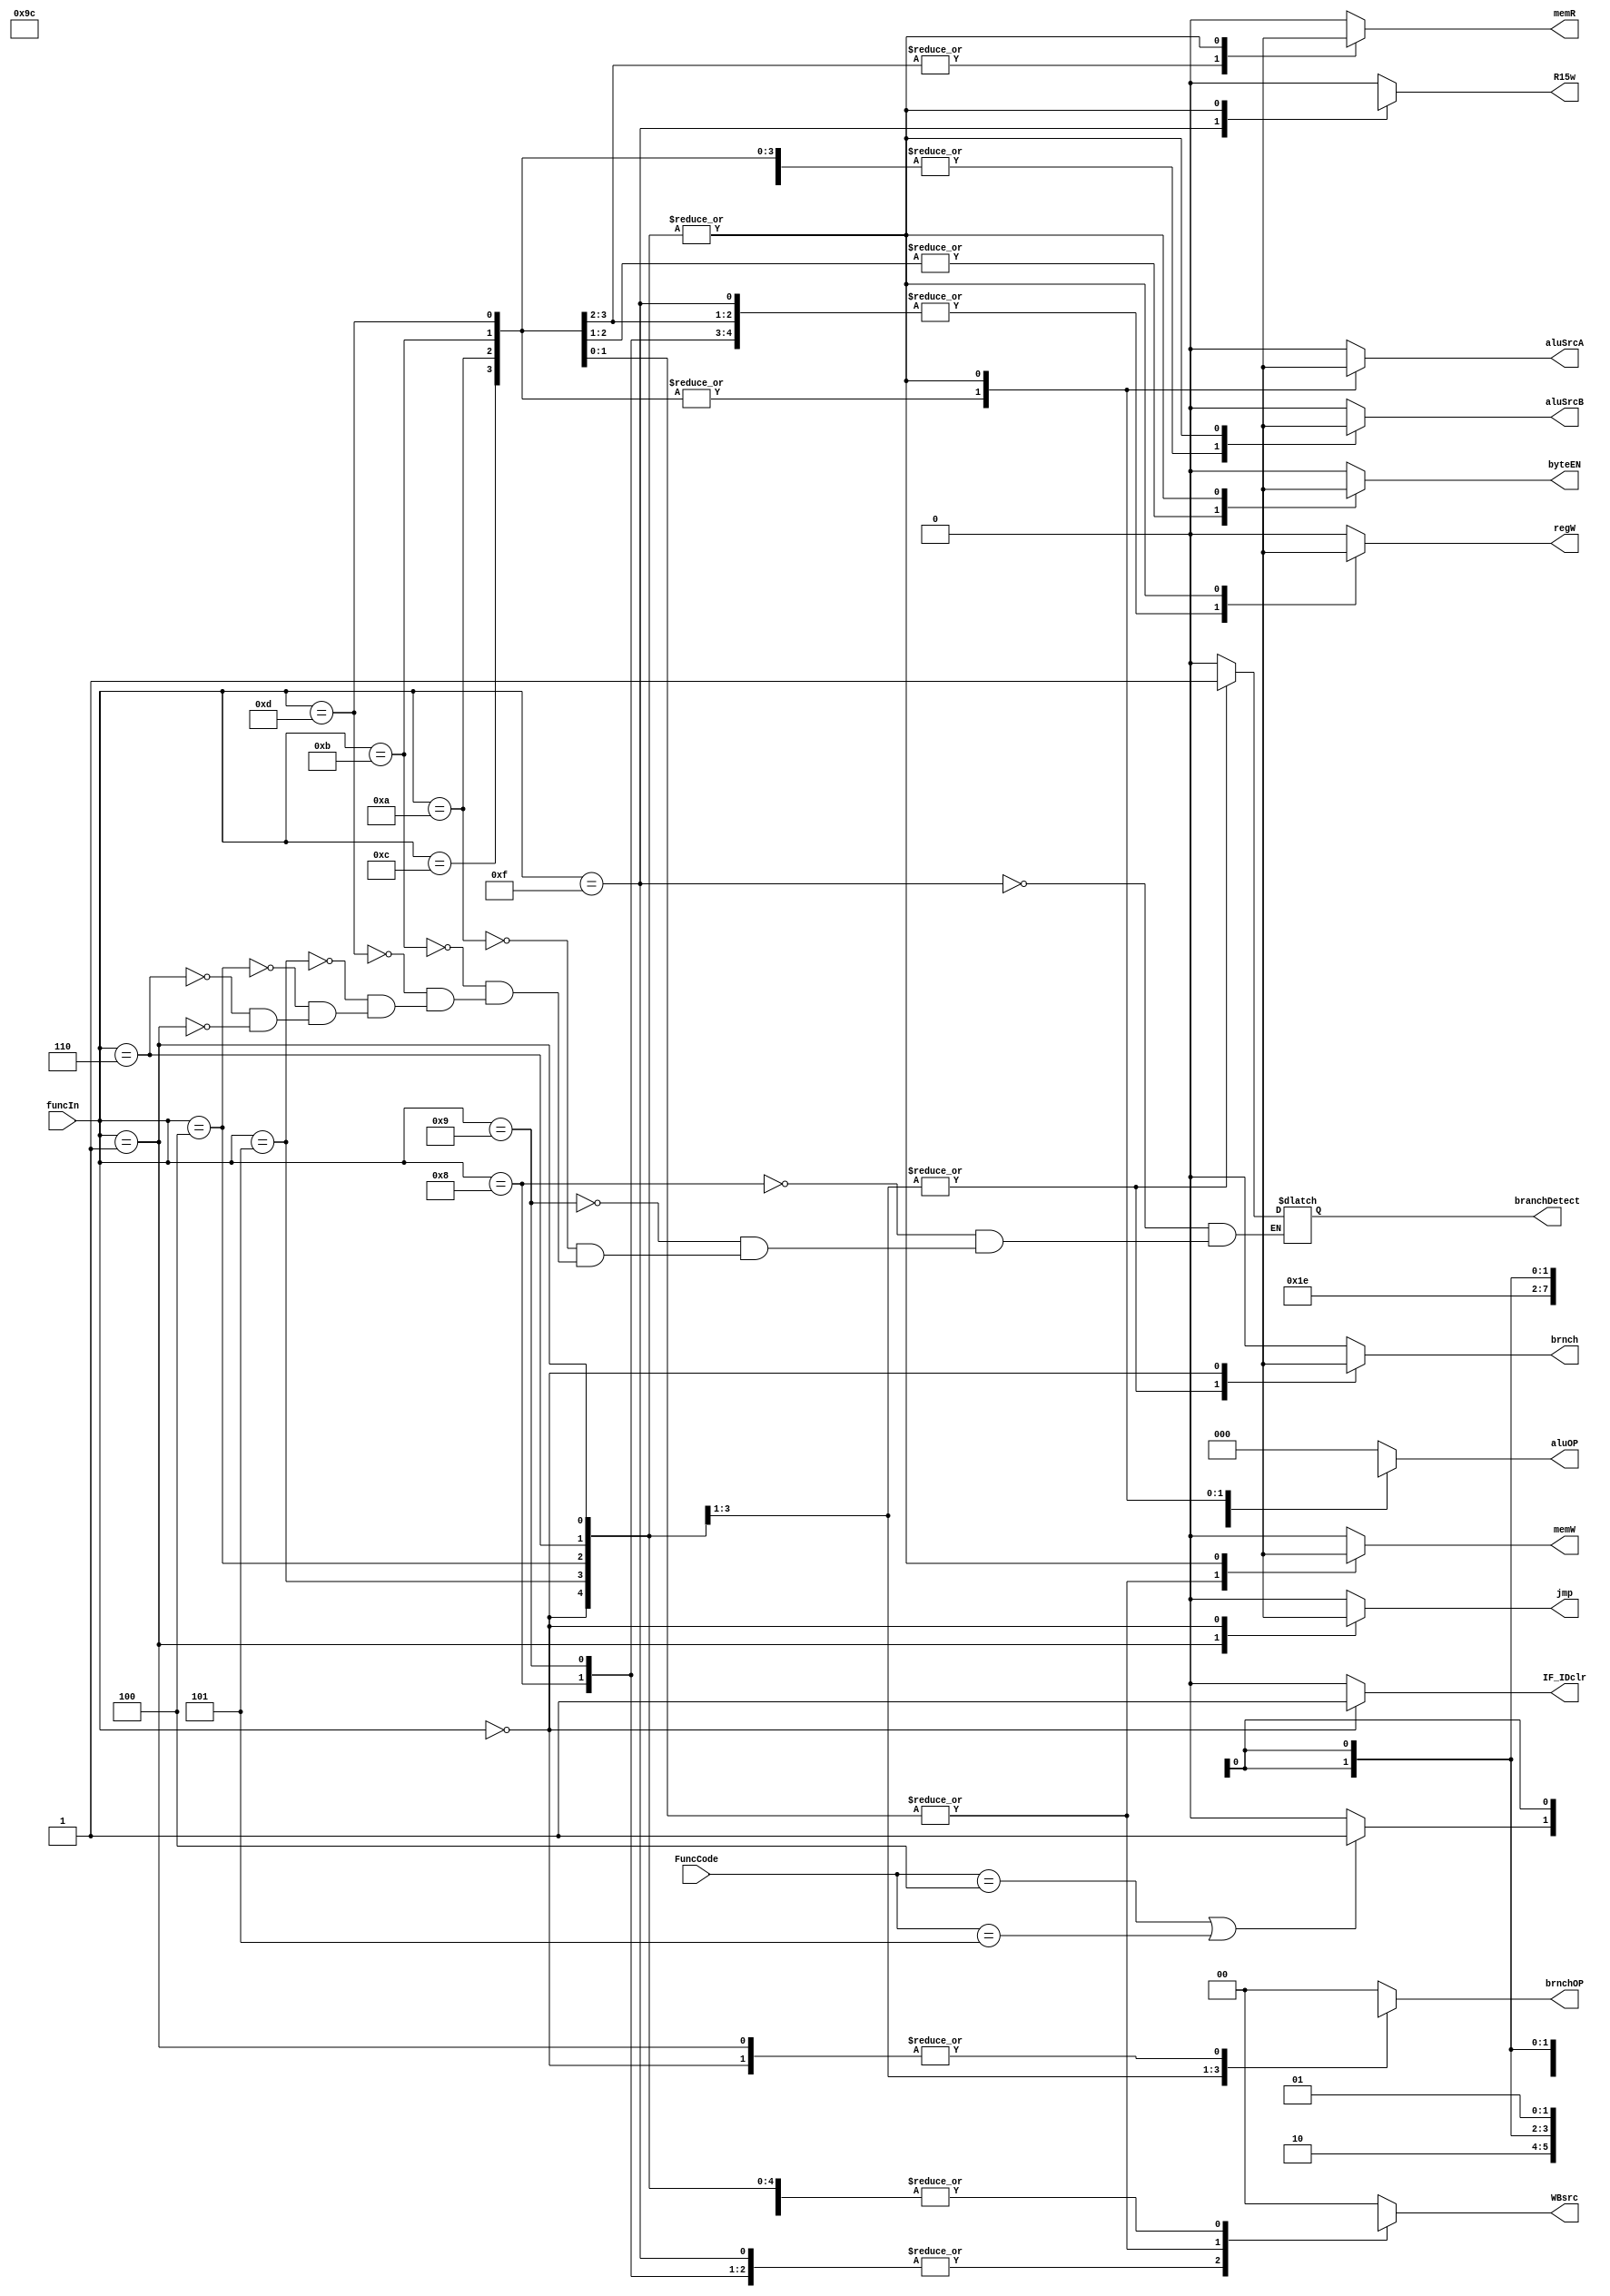
module CONT_UNIT( funcIn, FuncCode, aluSrcA, aluSrcB, aluOP, byteEN,memW, memR, WBsrc, R15w, regW, branchDetect, brnch, brnchOP, jmp, IF_IDclr );
input [3:0] funcIn, FuncCode;
output reg branchDetect, aluSrcA, aluSrcB, byteEN, memW, memR, R15w, regW, brnch, jmp, IF_IDclr;
output reg [2:0] aluOP;
output reg [1:0] WBsrc, brnchOP;

always@(*)
begin
	case( funcIn )

		4'b1111 : begin //R type instructions (add, sub, mul,div)
		aluSrcA  = 0;
		aluSrcB  = 0;
		aluOP    = 3'b000;
		byteEN   = 0;
		memW     = 0;
		memR     = 0;
		WBsrc    = 2'b10;
		regW     = 1;
		brnch    = 0;
		brnchOP  = 2'b00;
		branchDetect = 0;
		jmp      = 0;
		IF_IDclr = 0;
		if ( (FuncCode == 4'b0100) || (FuncCode == 4'b0101) )
			R15w = 1;
		else
			R15w = 0;
		end
		
		4'b1000 : begin // ANDi
                aluSrcA  = 0;
                aluSrcB  = 1;
                aluOP    = 3'b010;
                byteEN   = 0;
                memW     = 0;
                memR     = 0;
                WBsrc    = 2'b10;
		R15w     = 0;
                regW     = 1;
                brnch    = 0;
                brnchOP  = 2'b00;
				branchDetect = 0;
                jmp      = 0;
                IF_IDclr = 0;
                end

		4'b1001 : begin	// ORi
                aluSrcA  = 0;
                aluSrcB  = 1;
                aluOP    = 3'b011;
                byteEN   = 0;
                memW     = 0;
                memR     = 0;
                WBsrc    = 2'b10;
                R15w     = 0;
                regW     = 1;
                brnch    = 0;
                brnchOP  = 2'b00;
				branchDetect = 0;
                jmp      = 0;
                IF_IDclr = 0;
                end

		4'b1010 : begin // LBU
                aluSrcA  = 1;
                aluSrcB  = 1;
                aluOP    = 3'b100;
                byteEN   = 1;
                memW     = 0;
                memR     = 1;
                WBsrc    = 2'b01;
                R15w     = 0;
                regW     = 1;
                brnch    = 0;
                brnchOP  = 2'b00;
				branchDetect = 0;
                jmp      = 0;
                IF_IDclr = 0;
                end

		4'b1011 : begin // SB
                aluSrcA  = 1;
                aluSrcB  = 1;
                aluOP    = 3'b100;
                byteEN   = 1;
                memW     = 1;
                memR     = 0;
                WBsrc    = 2'bxx;
                R15w     = 0;
                regW     = 0;
                brnch    = 0;
                brnchOP  = 2'b00;
				branchDetect = 0;
                jmp      = 0;
                IF_IDclr = 0;
                end

		4'b1100 : begin // LW
                aluSrcA  = 1;
                aluSrcB  = 1;
                aluOP    = 3'b100;
                byteEN   = 0;
                memW     = 0;
                memR     = 1;
                WBsrc    = 2'b00;
                R15w     = 0;
                regW     = 1;
                brnch    = 0;
                brnchOP  = 2'b00;
                jmp      = 0;
                IF_IDclr = 0;
                end

		4'b1101 : begin // SW
                aluSrcA  = 1;
                aluSrcB  = 1;
                aluOP    = 3'b100;
                byteEN   = 0;
                memW     = 1;
                memR     = 0;
                WBsrc    = 2'bxx;
                R15w     = 0;
                regW     = 0;
                brnch    = 0;
                brnchOP  = 2'b00;
				branchDetect = 0;
                jmp      = 0;
                IF_IDclr = 0;
                end

		4'b0101 : begin	// BLT
                aluSrcA  = 1'bX;
                aluSrcB  = 1'bX;
                aluOP    = 3'bXXX;
                byteEN   = 1'bX;
                memW     = 1'bX;
                memR     = 1'bX;
                WBsrc    = 2'b01;
                R15w     = 1'bX;
                regW     = 1'bX;
                brnch    = 1;
                brnchOP  = 2'b01;
				branchDetect = 1;
                jmp      = 0;
                IF_IDclr = 0;
                end

		4'b0100 : begin // BGT
                aluSrcA  = 1'bX;
                aluSrcB  = 1'bX;
                aluOP    = 3'bXXX;
                byteEN   = 1'bX;
                memW     = 1'bX;
                memR     = 1'bX;
                WBsrc    = 2'b01;
                R15w     = 1'bX;
                regW     = 1'bX;
                brnch    = 1;
                brnchOP  = 2'b11;
				branchDetect = 1;
                jmp      = 0;
                IF_IDclr = 0;
                end

		4'b0110 : begin // BEQ
                aluSrcA  = 1'bX;
                aluSrcB  = 1'bX;
                aluOP    = 3'bXXX;
                byteEN   = 1'bX;
                memW     = 1'bX;
                memR     = 1'bX;
                WBsrc    = 2'b01;
                R15w     = 1'bX;
                regW     = 1'bX;
                brnch    = 1;
                brnchOP  = 2'b10;
				branchDetect = 1;
                jmp      = 0;
                IF_IDclr = 0;
                end

		4'b0001 : begin // JMP
                aluSrcA  = 1'bX;
                aluSrcB  = 1'bX;
                aluOP    = 3'bXXX;
                byteEN   = 1'bX;
                memW     = 1'bX;
                memR     = 1'bX;
                WBsrc    = 2'b01;
                R15w     = 1'bX;
                regW     = 1'bX;
                brnch    = 0;
                brnchOP  = 2'bXX;
				branchDetect = 0;
                jmp      = 1;
                IF_IDclr = 0;
                end

		4'b0000 : begin // HLT
                aluSrcA  = 1'bX;
                aluSrcB  = 1'bX;
                aluOP    = 3'bXXX;
                byteEN   = 1'bX;
                memW     = 1'bX;
                memR     = 1'bX;
                WBsrc    = 2'b01;
                R15w     = 1'bX;
                regW     = 1'bX;
                brnch    = 1'bX;
                brnchOP  = 2'bXX;
                jmp      = 1'bX;
                IF_IDclr = 1;
                end

		default : begin
		aluSrcA  = 1'b0;
                aluSrcB  = 1'b0;
                aluOP    = 3'b000;
                byteEN   = 1'b0;
                memW     = 1'b0;
                memR     = 1'b0;
                WBsrc    = 2'b00;
                R15w     = 1'b0;
                regW     = 1'b0;
                brnch    = 1'b0;
                brnchOP  = 2'b00;
                jmp      = 1'b0;
                IF_IDclr = 0;
                end

	endcase
end

endmodule